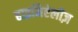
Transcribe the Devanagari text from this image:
हाइनिऐलीज़